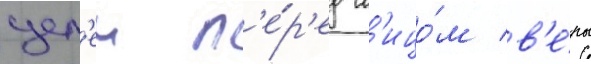
цел'еи п'е́р'ед л'ицо́м в'е́ры